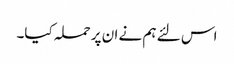
اس لئے ہم نے ان پر حملہ کیا۔